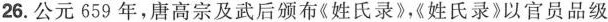
26. 公元 659 年，唐高宗及武后颁布《姓氏录》，《姓氏录》以官员品级